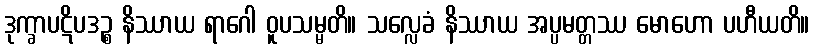
ဒုက္ခာပဋိပဒဉ္စ နိဿာယ ရာဂေါ ဝူပသမ္မတိ။ သလ္လေခံ နိဿာယ အပ္ပမတ္တဿ မောဟော ပဟီယတိ။